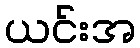
ယင်းအ